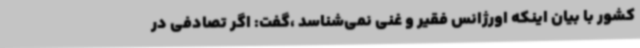
کشور با بیان اینکه اورژانس فقیر و غنی نمی‌شناسد ،گفت: اگر تصادفی در